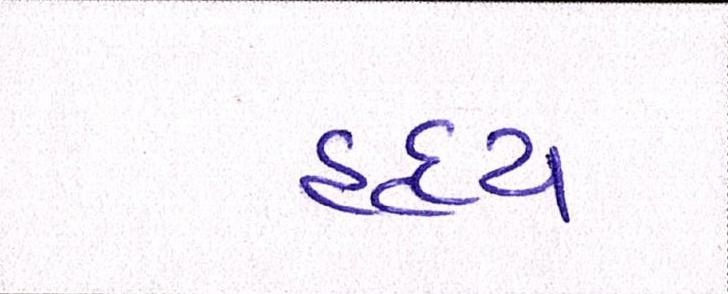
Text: હૃદય